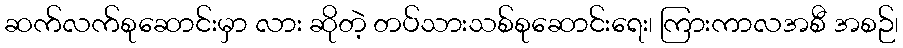
ဆက်လက်စုဆောင်းမှာ လား ဆိုတဲ့ တပ်သားသစ်စုဆောင်းရေး၊ ကြားကာလအစီ အစဉ်၊